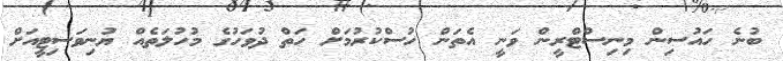
ބުނެ ހައުސިން މިނިސްޓްރީން ވަނީ އެތަން ހުސްކުރުމަށް ހަތް ދުވަހުގެ މުހުލަތެއް ޔުނިވަސިޓީއަށް